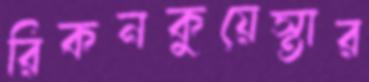
রিকনকুয়েস্তার